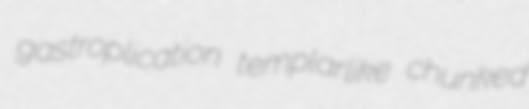
gastroplication templarlike chunked